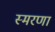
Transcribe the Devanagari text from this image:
स्मरणा